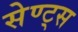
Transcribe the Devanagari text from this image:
सेण्ट्स